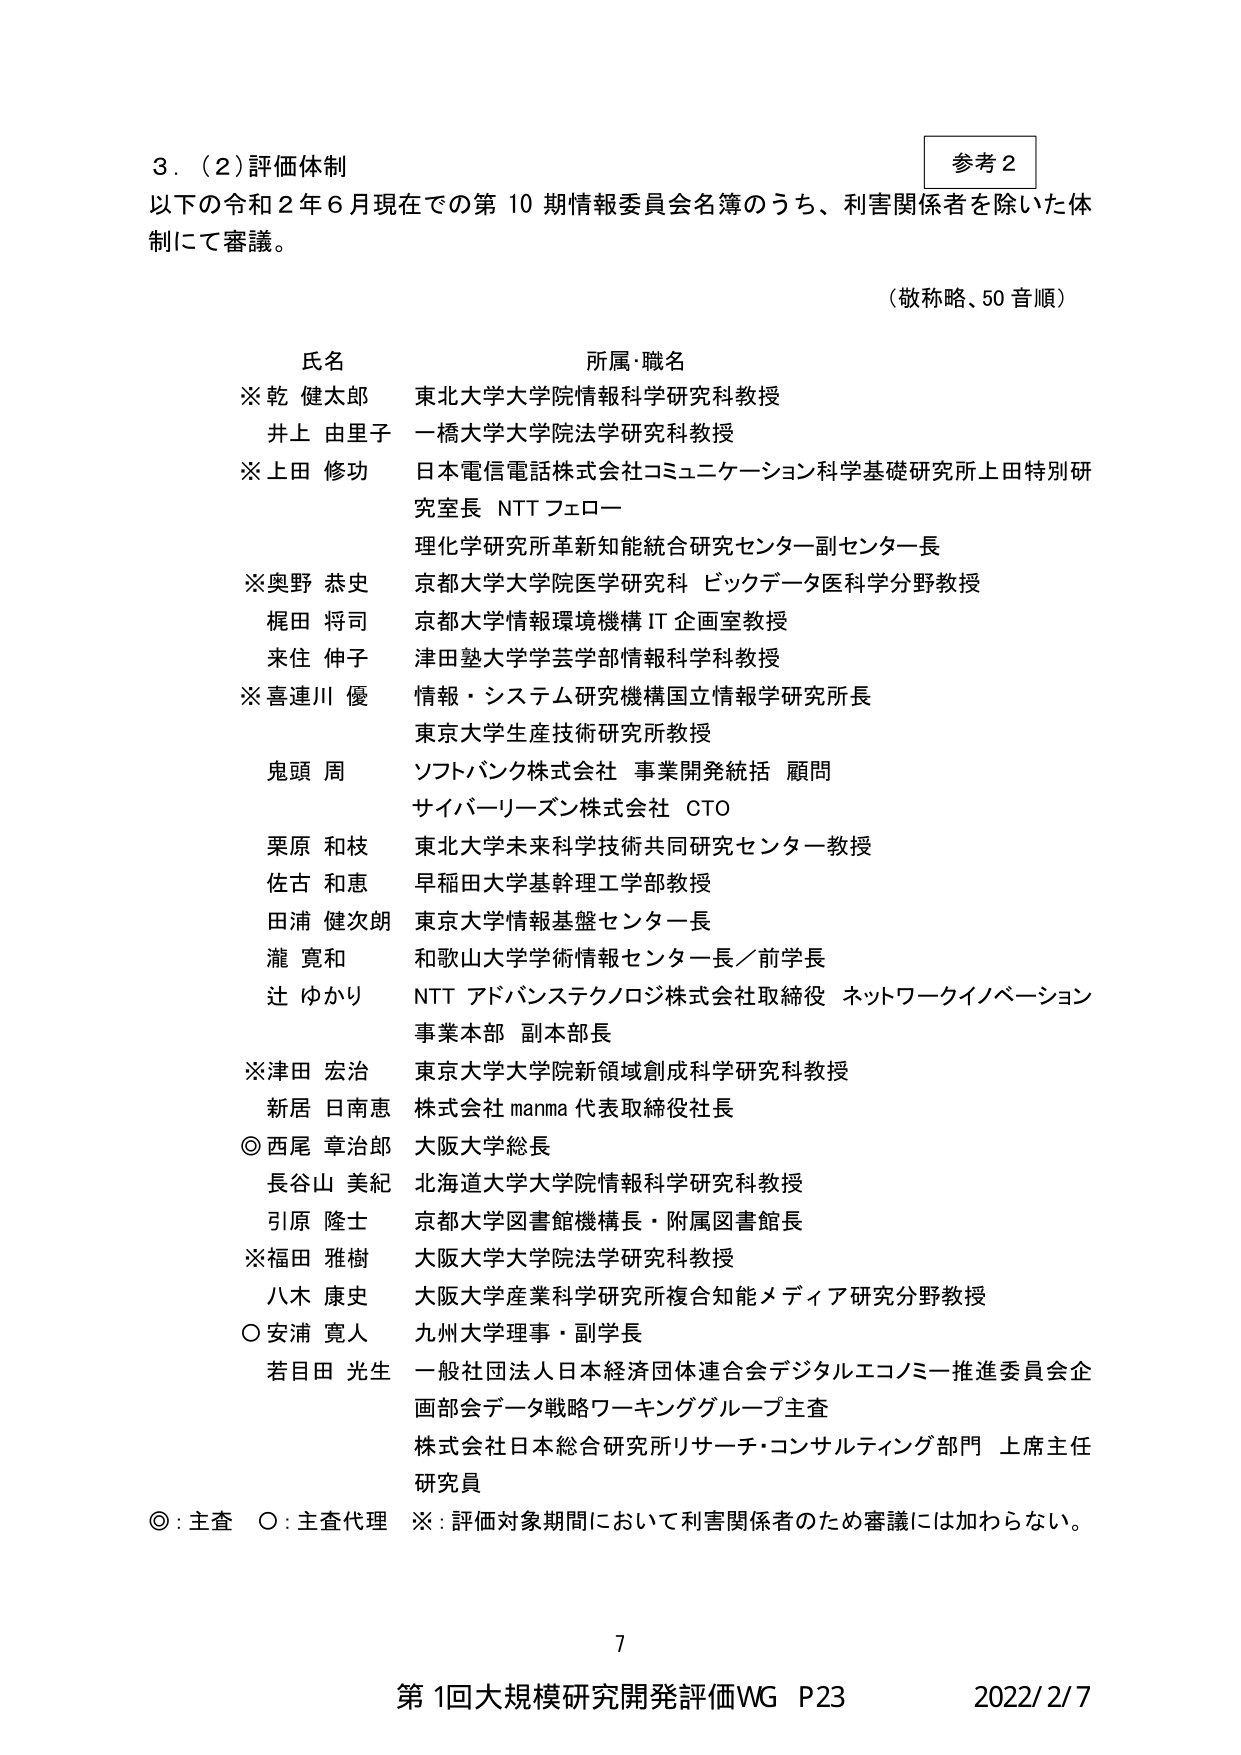
３．（２）評価体制
以下の令和２年６月現在での第10期情報委員会名簿のうち、利害関係者を除いた体制にて審議。

（敬称略、50音順）

氏名　　　　　　　　　　　　　所属・職名
※乾 健太郎　　　　　　　　東北大学大学院情報科学研究科教授
井上 由里子　　　　　　　　一橋大学大学院法学研究科教授
※上田 修功　　　　　　　　日本電信電話株式会社コミュニケーション科学基礎研究所上田特別研究室長 NTTフェロー
　　　　　　　　　　　　　　理化学研究所革新知能統合研究センター副センター長
※奥野 恭史　　　　　　　　京都大学大学院医学研究科 ビッグデータ医学分野教授
梶田 将司　　　　　　　　京都大学情報環境機構 IT企画室教授
来住 伸子　　　　　　　　津田塾大学学芸学部情報科学科教授
※喜連川 優　　　　　　　情報・システム研究機構国立情報研究所長
　　　　　　　　　　　　　　東京大学生産技術研究所教授
鬼頭 周　　　　　　　　　　ソフトバンク株式会社 事業開発統括 顧問
　　　　　　　　　　　　　　サイバーリーズン株式会社 CTO
栗原 和枝　　　　　　　　東北大学未来科学技術共同研究センター教授
佐古 和恵　　　　　　　　早稲田大学基幹理工学部教授
田浦 健次朗　　　　　　　東京大学情報基盤センター長
瀧 寛和　　　　　　　　　和歌山大学学術情報センター長／前学長
辻 ゆかり　　　　　　　　NTTアドバンステクノロジ株式会社取締役 ネットワークイノベーション事業本部 副本部長
※津田 宏治　　　　　　　東京大学大学院新領域創成科学研究科教授
新居 日南恵　　　　　　　株式会社manma 代表取締役社長
◎西尾 章治郎　　　　　　大阪大学総長
長谷山 美紀　　　　　　　北海道大学大学院情報科学研究科教授
引原 隆士　　　　　　　　京都大学図書館機構長・附属図書館長
※福田 雅樹　　　　　　　大阪大学大学院法学研究科教授
八木 康史　　　　　　　　大阪大学産業科学研究所複合知能メディア研究分野教授
○安浦 寛人　　　　　　　九州大学理事・副学長
若目田 光生　　　　　　　一般社団法人日本経済団体連合会デジタルエコノミー推進委員会企画部会データ戦略ワーキンググループ主査
　　　　　　　　　　　　　株式会社日本総合研究所リサーチ・コンサルティング部門 上席主任研究員

◎：主査　○：主査代理　※：評価対象期間において利害関係者のため審議には加わらない。

参考２

7
第1回大規模研究開発評価WG P23　　2022/2/7